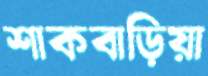
শাকবাড়িয়া